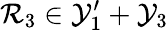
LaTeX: \mathcal{R}_{3}\in\mathcal{Y}_{1}^{\prime}+\mathcal{Y}_{3}